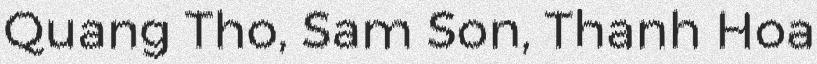
Quang Tho, Sam Son, Thanh Hoa